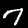
Digit: 7